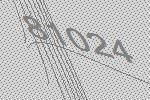
81024